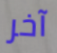
آخر